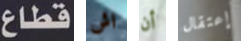
قطاع اش أن إعتقال